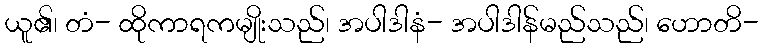
ယူ၏၊ တံ- ထိုကာရကမျိုးသည်၊ အပါဒါနံ- အပါဒါန်မည်သည်၊ ဟောတိ-